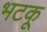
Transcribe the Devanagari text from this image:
भटकू